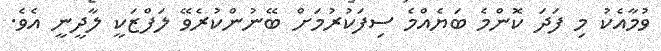
ވުމާއެކު މި ފަދަ ކޮންމެ ބަޔެއްމެ ސިފަކުރުމަށް ބޭނުންކުރެވޭ ލަފްޒަކީ ލާދީނީ އެވެ.